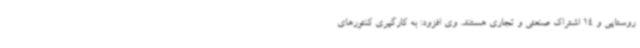
روستایی و 14 اشتراک صنعتی و تجاری هستند. وی افزود: به کارگیری کنتورهای